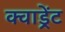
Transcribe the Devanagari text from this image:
क्वाड्रेंट